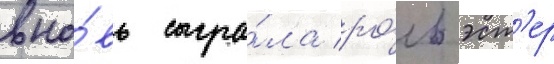
вно́вь сыгра́ла ро́ль эст'ер